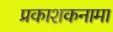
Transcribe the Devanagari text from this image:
प्रकाशकनामा